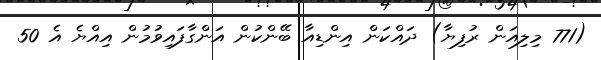
(771 މިލިއަން ރުފިޔާ) ދައްކަން އިންޑިއާ ބޭންކުން އަންގާފައިވުމުން އިއްޔެ އެ 50